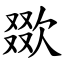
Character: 欼